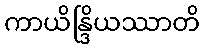
ကာယိန္ဒြိယဿာတိ